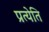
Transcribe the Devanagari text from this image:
प्रत्येति